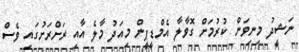
ނަޝީދު މިނިވަން ކުރުމަށް ގޮވާލާ އެމްޑީޕީން މިއަދު މާލެ އާއި ރަށްރަށުގައި ވެސް